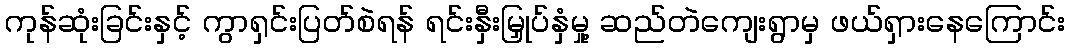
ကုန်ဆုံးခြင်းနှင့် ကွာရှင်းပြတ်စဲရန် ရင်းနှီးမြှုပ်နှံမှု့ ဆည်တဲကျေးရွာမှ ဖယ်ရှားနေကြောင်း